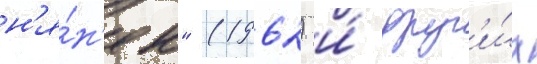
н'я́н'ек" (1962) и́ друг'и́х